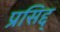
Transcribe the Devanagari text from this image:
प्रसिद्द्